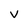
Character: v